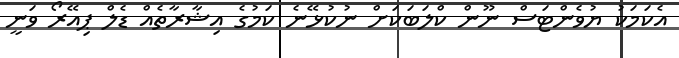
އެކަމަކު ޔުވެންޓަސް ނޫން ކްލަބަކަށް ނުކުޅޭނެ ކަމުގެ އިޝާރާތެއް ޑެލް ޕިއޭރޯ ވަނީ